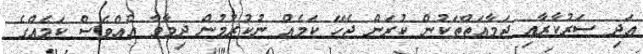
އަދި ސަރުކާރާއި ޖަމާއަތްތަކުން ކުރަން ޖެހޭ ކަމެއް ނުކުރުމުން ދިމާވާ އެއްވެސް ކަމެއްގެ